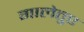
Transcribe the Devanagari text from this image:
गालेतुए